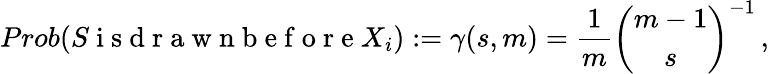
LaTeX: Prob(S\mathrm{~i~s~d~r~a~w~n~b~e~f~o~r~e~}X_{i}):=\gamma(s,m)=\frac{1}{m}\binom{m-1}{s}^{-1}\, ,